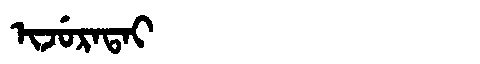
Manchu: ᡳᠵᡠᡵᠠᡨᠠᡳ
Romanization: IJURATAI